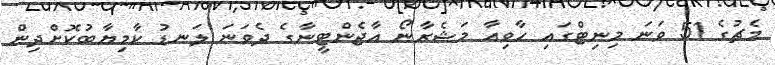
މެޗުގެ 51 ވަނަ މިނިޓްގައި ހާވިއާ މަޝެރާނޯ އާޖެންޓީނާގެ ދެވަނަ ލަނޑު ކާމިޔާބުކޮށްދިން